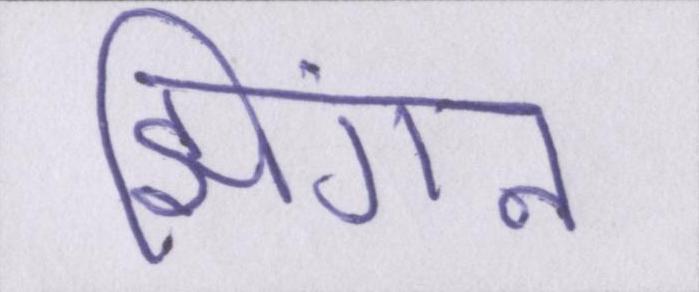
झिंगन